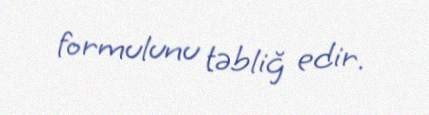
formulunu təbliğ edir.